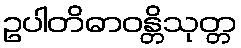
ဥပါတိဓာဝန္တိသုတ္တ